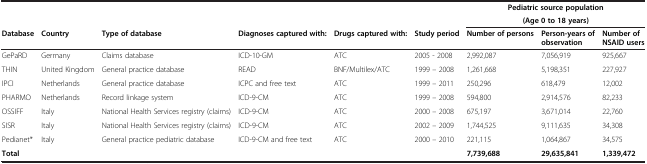
| <ROWSPAN=2>  | <ROWSPAN=2>  | <ROWSPAN=2>  | <ROWSPAN=2>  | <ROWSPAN=2>  | <ROWSPAN=2>  | <COLSPAN=3> Pediatric source population |
 | <COLSPAN=3> (Age 0 to 18 years) |
 | Database | Country | Type of database | Diagnoses captured with: | Drugs captured with: | Study period | Number of persons | Person-years of observation | Number of NSAID users |
 | --- | --- | --- | --- | --- | --- | --- | --- | --- |
 | GePaRD | Germany | Claims database | ICD-10-GM | ATC | 2005 - 2008 | 2,992,087 | 7,056,919 | 925,667 |
 | THIN | United Kingdom | General practice database | READ | BNF/Multilex/ATC | 1999 – 2008 | 1,261,668 | 5,198,351 | 227,927 |
 | IPCI | Netherlands | General practice database | ICPC and free text | ATC | 1999 – 2011 | 250,296 | 618,479 | 12,002 |
 | PHARMO | Netherlands | Record linkage system | ICD-9-CM | ATC | 1999 – 2008 | 594,800 | 2,914,576 | 82,233 |
 | OSSIFF | Italy | National Health Services registry (claims) | ICD-9-CM | ATC | 2000 – 2008 | 675,197 | 3,671,014 | 22,760 |
 | SISR | Italy | National Health Services registry (claims) | ICD-9-CM | ATC | 2002 – 2009 | 1,744,525 | 9,111,635 | 34,308 |
 | Pedianet* | Italy | General practice pediatric database | ICD-9-CM and free text | ATC | 2000 – 2010 | 221,115 | 1,064,867 | 34,575 |
 | Total |  |  |  |  |  | 7,739,688 | 29,635,841 | 1,339,472 |